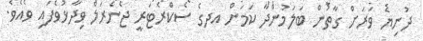
ދުނިޔެ ވަރަށް ގާތުން ބަލަމުންދާ ކަމަށް އދގެ ސެކްރެޓަރީ ޖެނެރަލް ވިދާޅުވެފައި ވެއެވެ.